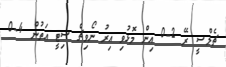
ޗެލްސީ ރޭ 2-0 އިން މޮޅުވި އިރު ނޯވިޗް ސިޓީ އަތުން 4-0